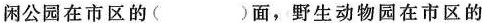
闲公园在市区的( )面，野生动物园在市区的